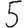
Digit: 5